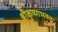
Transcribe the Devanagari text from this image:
श्रीकृष्णभक्त